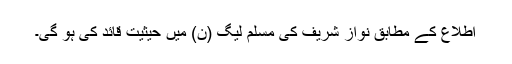
اطلاع کے مطابق نواز شریف کی مسلم لیگ (ن) میں حیثیت قائد کی ہو گی۔